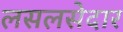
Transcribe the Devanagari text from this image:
लसलसेदार